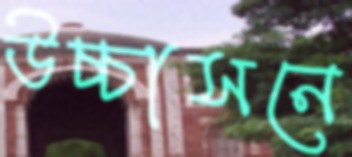
উচ্চাসনে